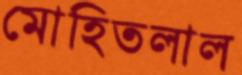
মোহিতলাল